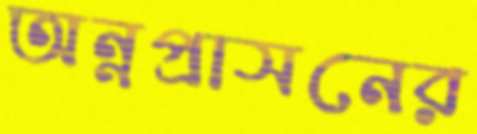
অন্নপ্রাসনের